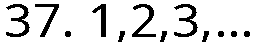
37. 1,2,3,...